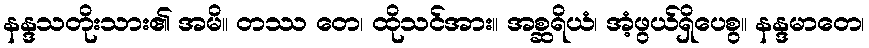
နန္ဒသတိုးသား၏ အမိ။ တဿ တေ၊ ထိုသင်အား။ အစ္ဆရိယံ၊ အံ့ဖွယ်ရှိပေစွ။ နန္ဒမာတေ၊